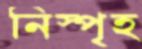
নিস্পৃহ